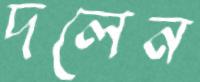
দলেন